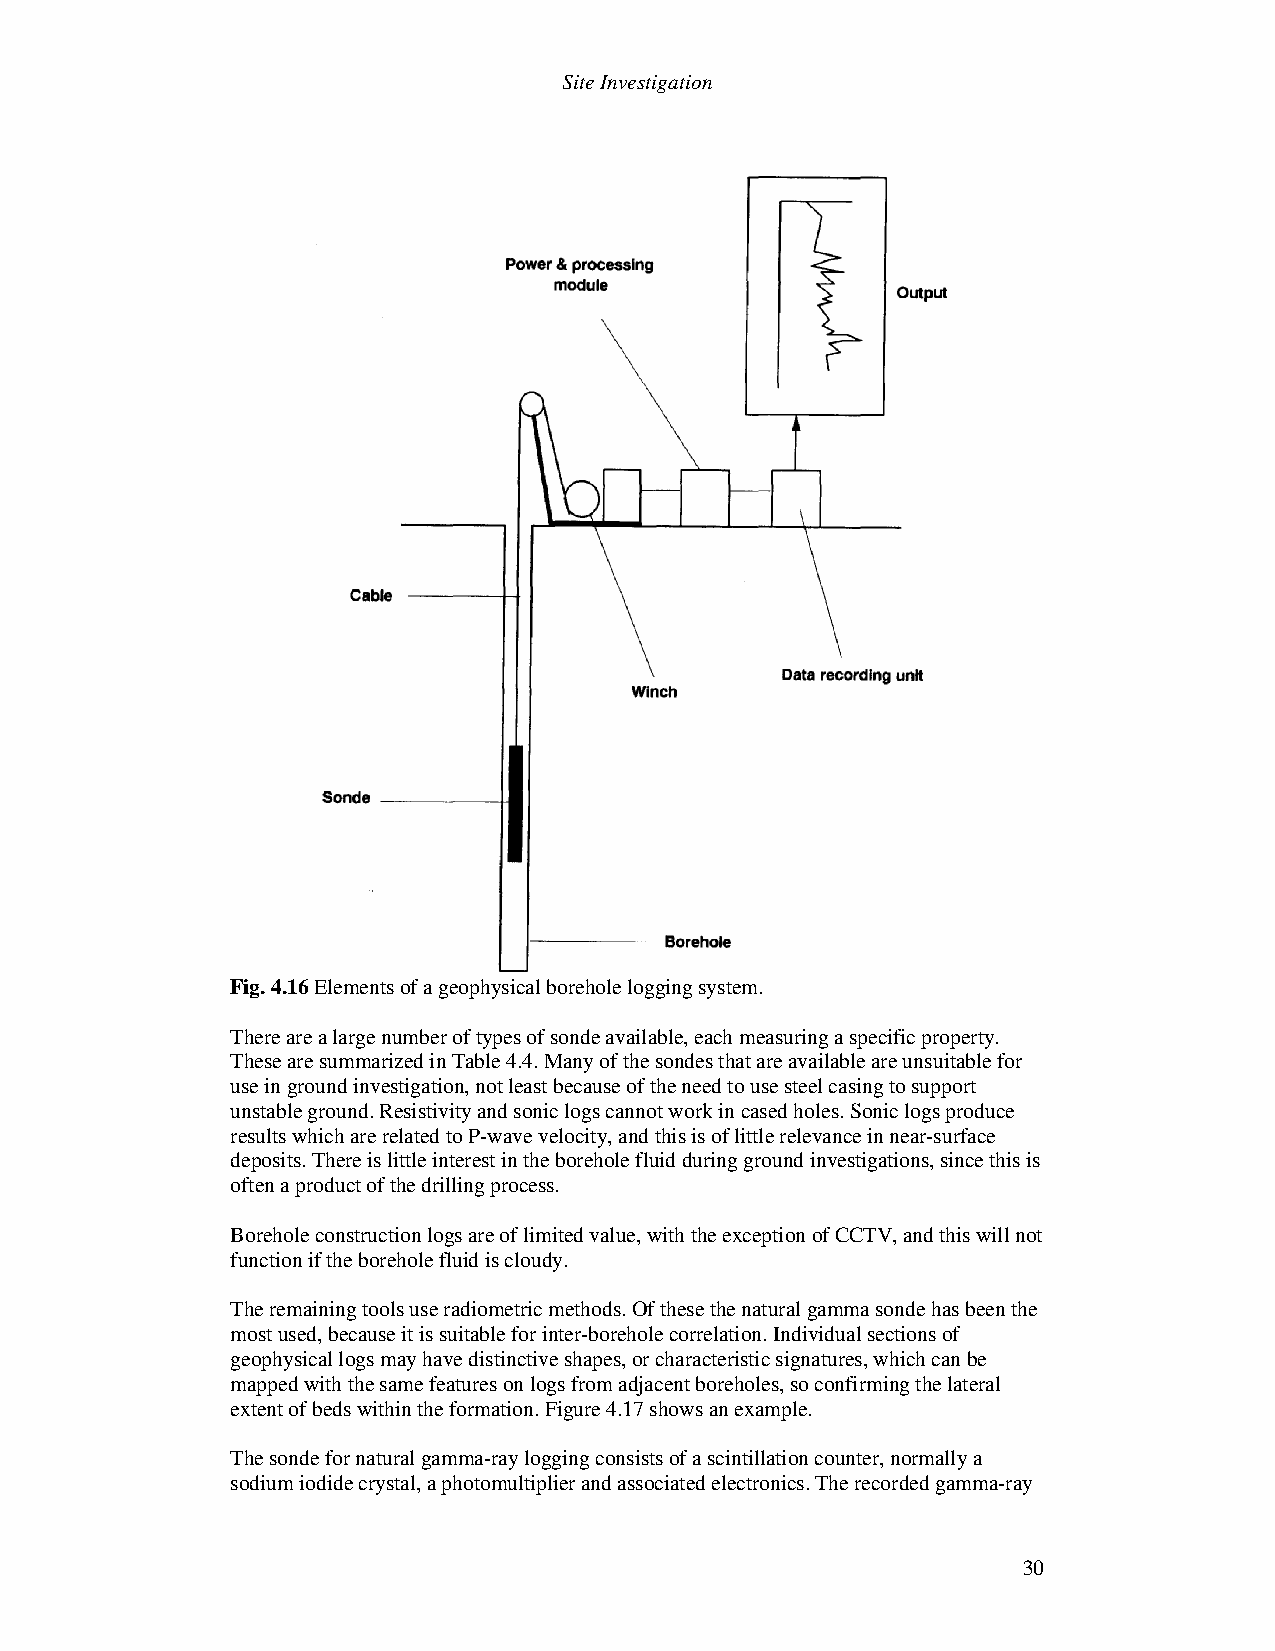
Site Investigation
 Fig. 4.16 Elements of a geophysical borehole logging system.
 There are a large number of types of sonde available, each measuring a specific property.
 These are summarized in Table 4.4. Many of the sondes that are available are unsuitable for
 use in ground investigation, not least because of the need to use steel casing to support
 unstable ground. Resistivity and sonic logs cannot work in cased holes. Sonic logs produce
 results which are related to P-wave velocity, and this is of little relevance in near-surface
 deposits. There is little interest in the borehole fluid during ground investigations, since this is
 often a product of the drilling process.
 Borehole construction logs are of limited value, with the exception of CCTV, and this will not
 function if the borehole fluid is cloudy.
 The remaining tools use radiometric methods. Of these the natural gamma sonde has been the
 most used, because it is suitable for inter-borehole correlation. Individual sections of
 geophysical logs may have distinctive shapes, or characteristic signatures, which can be
 mapped with the same features on logs from adjacent boreholes, so confirming the lateral
 extent of beds within the formation. Figure 4.17 shows an example.
 The sonde for natural gamma-ray logging consists of a scintillation counter, normally a
 sodium iodide crystal, a photomultiplier and associated electronics. The recorded gamma-ray
 30